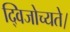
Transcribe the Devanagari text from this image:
द्विजोच्यते।